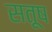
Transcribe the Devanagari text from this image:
सतूष